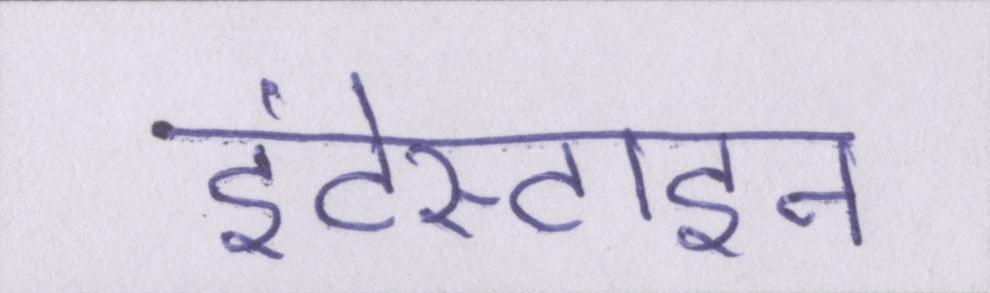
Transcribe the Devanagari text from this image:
इंटेस्टाइन